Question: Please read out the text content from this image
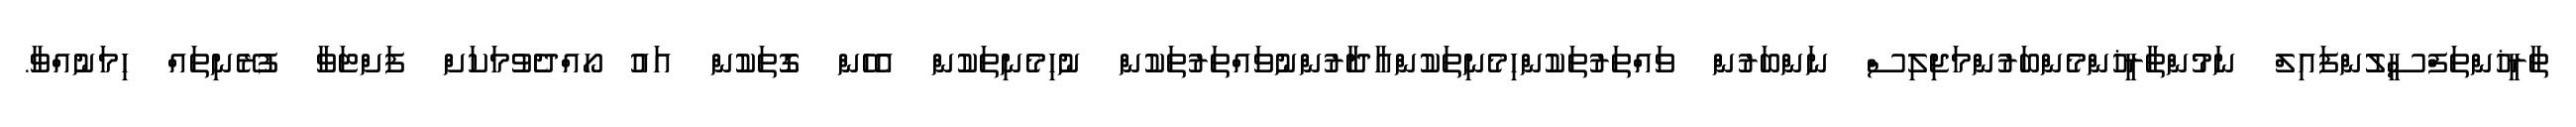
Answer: ތާރީޚުންތަފްސީލުންފައިލް ނަމުންތާރީޚުންމެންބަރުންމަޖިލިސް ނަންބަރުން ވައްތަރުތަކުންހިމެނިތަކުންއާދާރުންނުވައްތަރުތަކުން ނުހިމެނިތަކުން އެހެން ގޮތަކުން އައު ހޯއްދެވުމަކަށް ފަށްޓަވާ ފުރޭނިތައް ހިމަނުއްވާ.